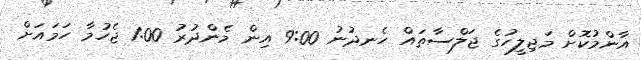
އާންމުކޮށް މަޖިލީހުގެ ޖަލްސާތައް ހެނދުނު 9:00 އިން މެންދުރު 1:00 ޖެހުމާ ހަމައަށް